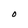
Character: O